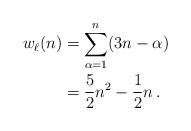
LaTeX: \begin{align*}w_\ell(n)&= \sum_{\alpha=1}^n (3n-\alpha)\\&= \frac{5}{2}n^2-\frac{1}{2}n\,.\end{align*}